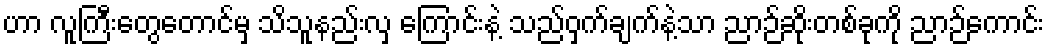
ဟာ လူကြီးတွေတောင်မှ သိသူနည်းလှ ကြောင်းနဲ့ သည်ဝှက်ချက်နဲ့သာ ညာဉ်ဆိုးတစ်ခုကို ညာဉ်ကောင်း